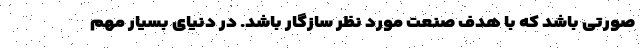
صورتی باشد که با هدف صنعت مورد نظر سازگار باشد. در دنیای بسیار مهم